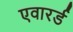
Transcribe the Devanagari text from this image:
एवारर्ड